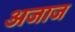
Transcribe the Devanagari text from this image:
अजाज